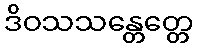
ဒိဝသသန္တေတ္တေ